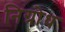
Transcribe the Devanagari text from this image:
निग्रोध